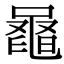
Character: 𪓕